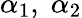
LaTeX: \alpha_{1},\; \alpha_{2}